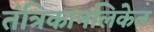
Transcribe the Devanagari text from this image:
तंत्रिकानलिकेत